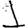
Digit: 1